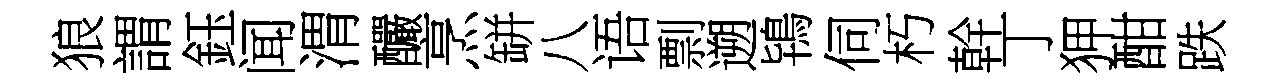
狼謂鈺闻渭釅烹缾八语剽遡鴇伺朽幹丁狎酣跌